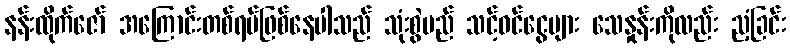
နန်းထိုက်ဇော် အကြောင်းတစ်ရပ်ဖြစ်နေပါသည် သုံးစွဲမည် သင့်ဝင်ငွေများ သေနှုန်းကိုလည်း ညံ့ခြင်း